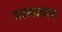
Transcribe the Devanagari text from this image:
प्रसवशास्त्र